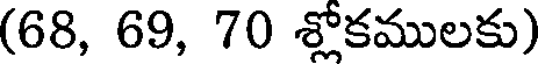
(68, 69, 70 శ్లోకములకు)